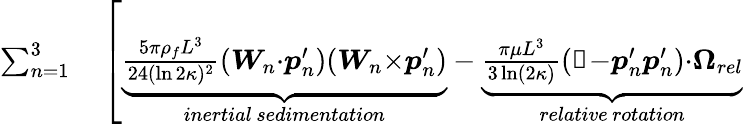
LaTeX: \begin{array}{rl}{\sum_{n=1}^{3}}&{{}\left[\underbrace{\frac{5\pi\rho_{f}L^{3}}{24(\ln 2\kappa)^{2}}(\boldsymbol{W}_{n}{\cdot}\boldsymbol{p}_{n}^{\prime})(\boldsymbol{W}_{n}{\times}\boldsymbol{p}_{n}^{\prime})}_{inertial\, sedimentation}-\underbrace{\frac{\pi\mu L^{3}}{3\ln(2\kappa)}(\mathbb{1}{-}\boldsymbol{p}_{n}^{\prime}\boldsymbol{p}_{n}^{\prime}){\cdot}\boldsymbol{\Omega}_{\textit{rel}}}_{relative\, rotation}\right.}\end{array}